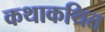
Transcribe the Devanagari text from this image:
कथाकथित